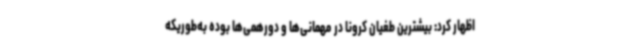
اظهار کرد: بیشترین طغیان کرونا در مهمانی‌ها و دورهمی‌ها بوده به‌طوریکه